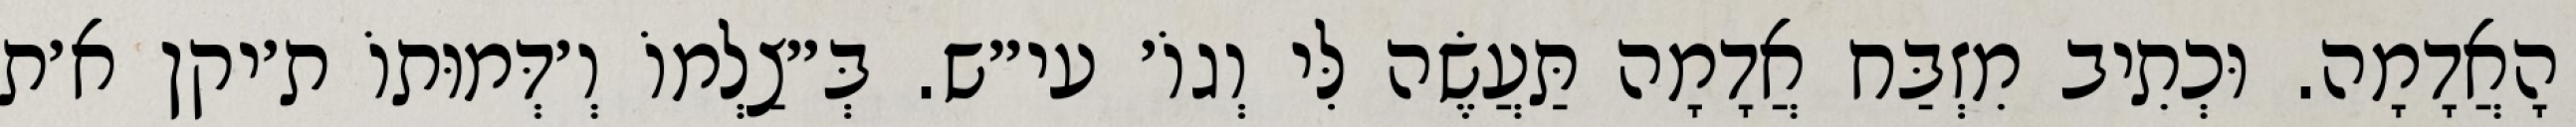
הָאֲדָמָה. וּכְתִיב מִזְבַּח אֲדָמָה תַּעֲשֶׂה לִּי וְגוֹ׳ עי״ש. בְּ״צַלְמוֹ וְ׳דְּמוּתוֹ ת׳יקן א׳ת